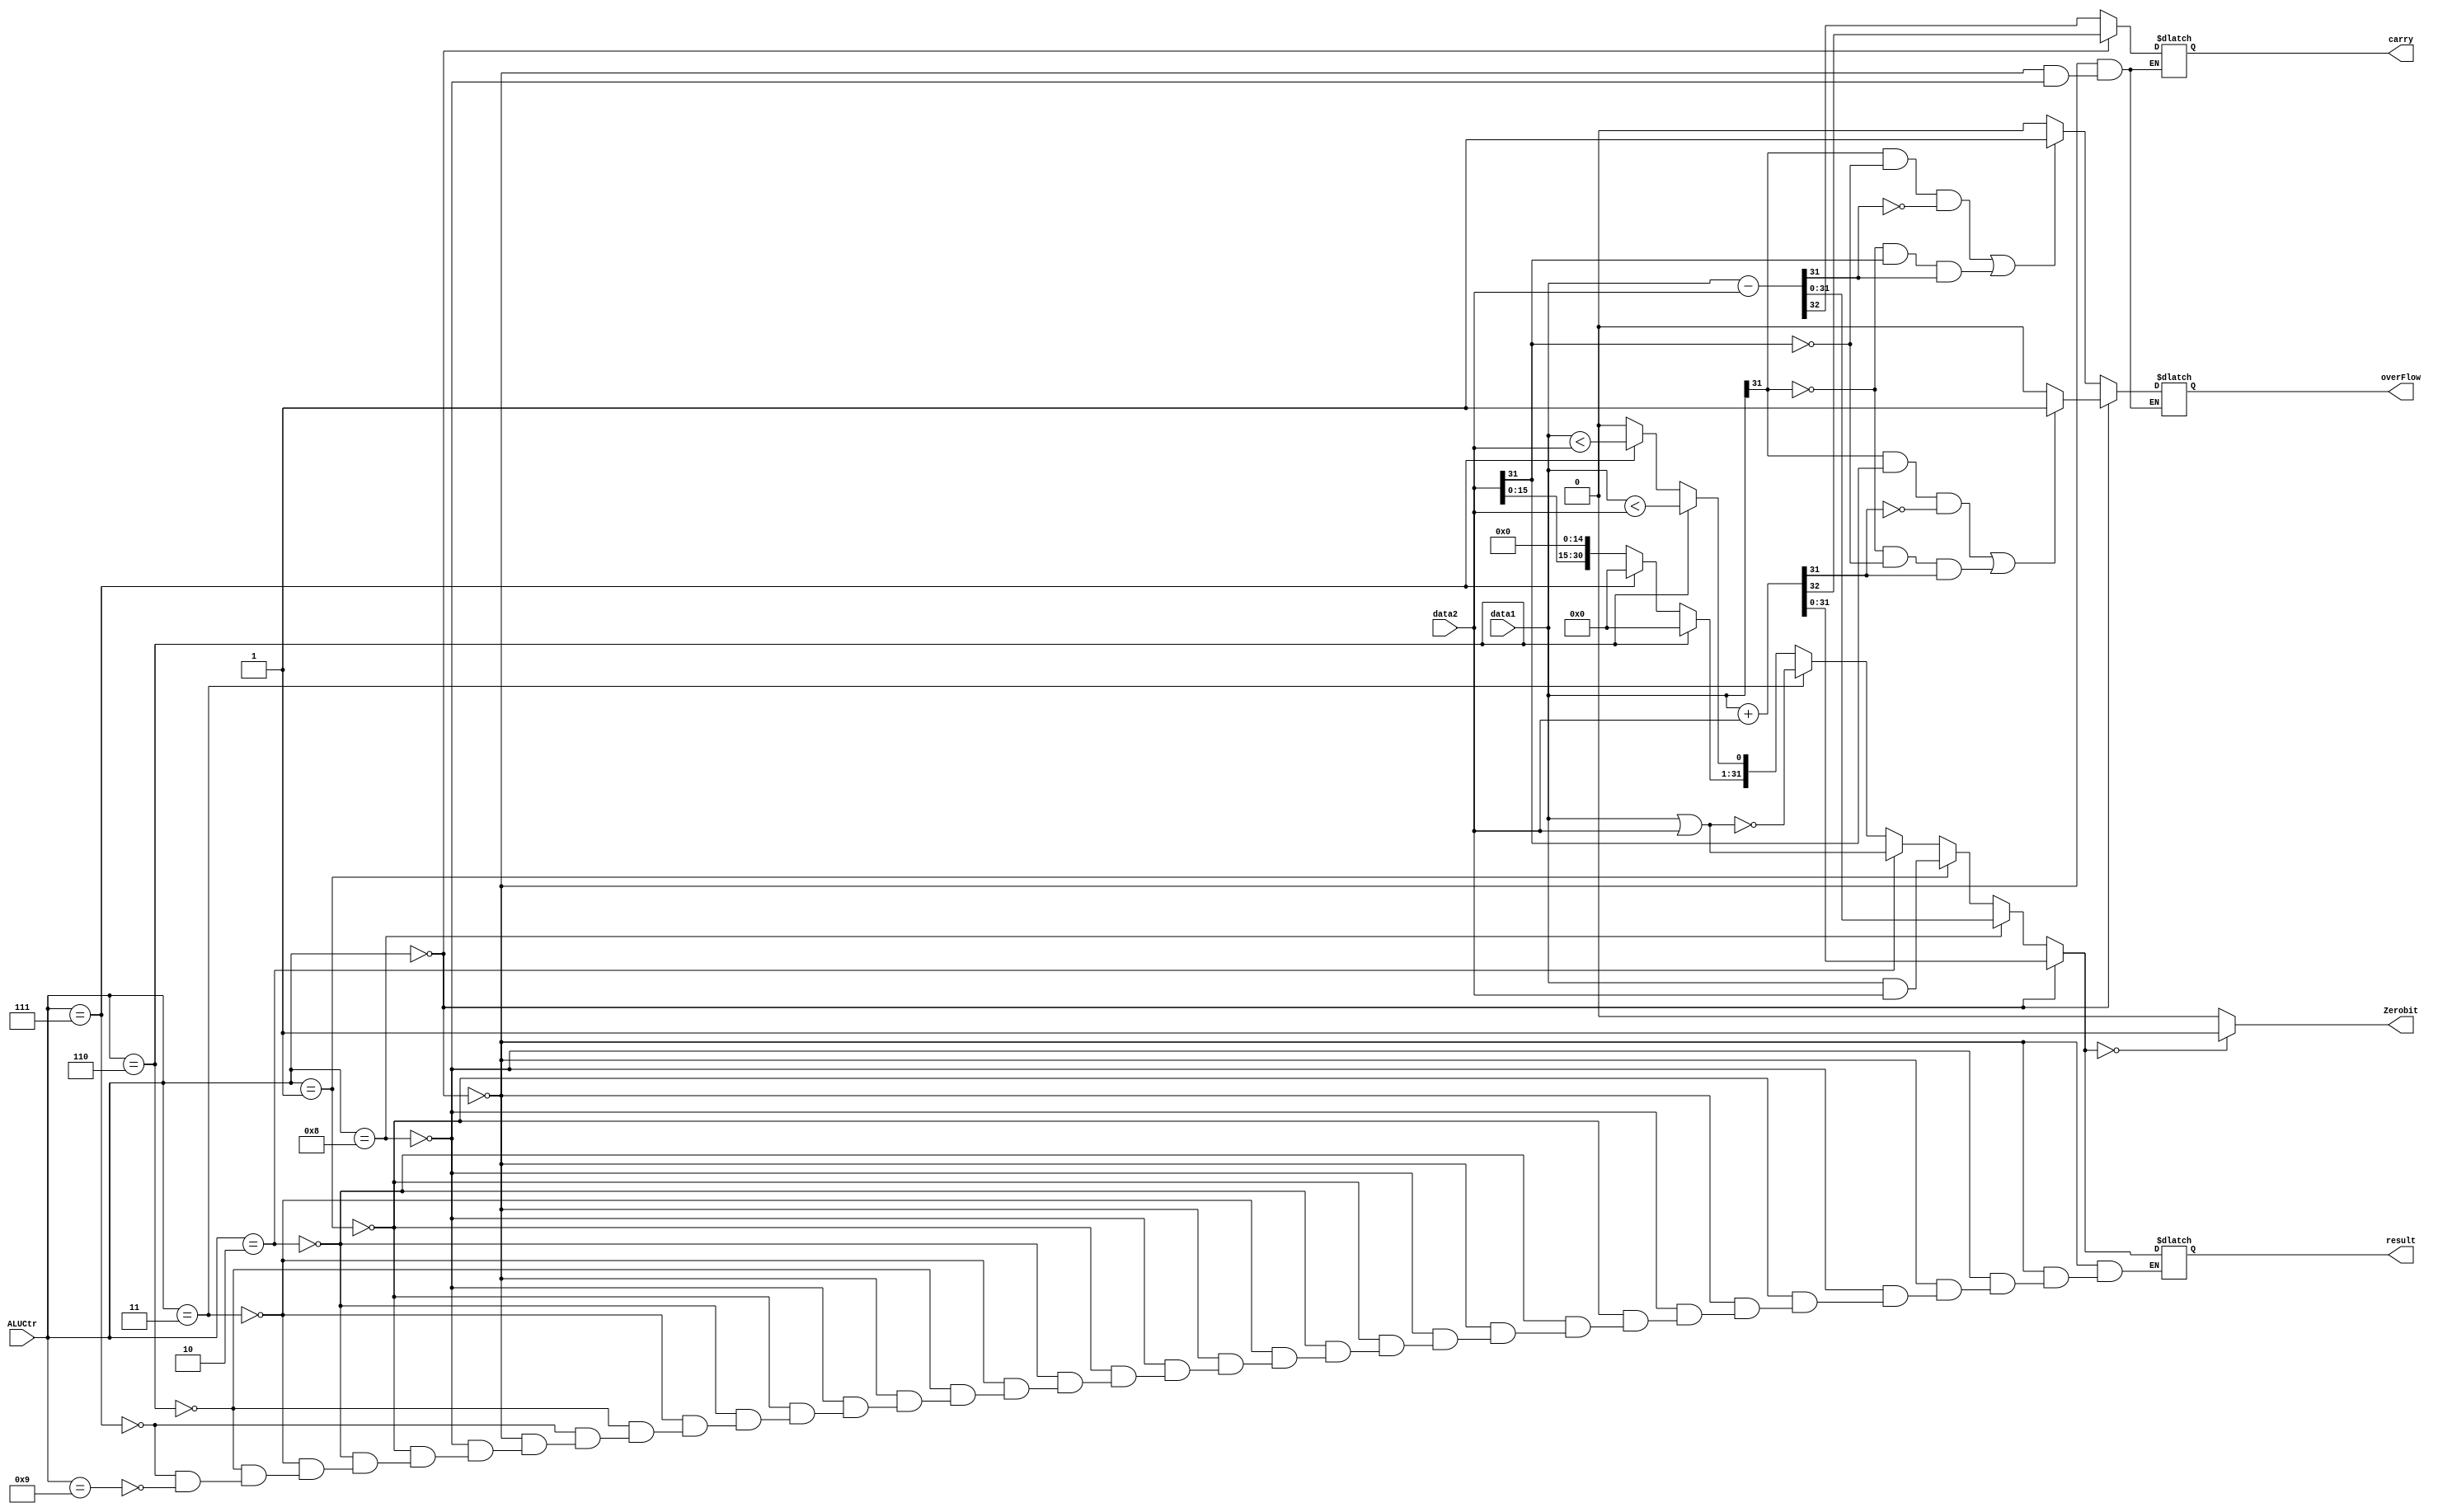
module ALU(result,carry,overFlow,Zerobit,data1,data2,ALUCtr);
                      // this module for arithmetic operation
output [31:0] result;
output carry,overFlow, Zerobit;
input [31:0] data1,data2;
input [3:0] ALUCtr;

reg [31:0] result;
reg carry,overFlow,Zerobit;

always @(*)begin
	if(ALUCtr == 4'b0000)begin // add
		{carry, result} = data1+data2;
		 if((data1[31]&data2[31]&(~result[31])) || ((~data1[31])&(~data2[31])&result[31]) )begin
          overFlow =1'b1;
       end
       else begin
          overFlow =1'b0;
       end
   end
	else if(ALUCtr == 4'b1000)begin //sub
		 {carry,result} =data1-data2; 
       if((data1[31]&(~data2[31])&(~result[31])) || ((~data1[31])&data2[31]&result[31]) )begin
           overFlow =1'b1;
       end
       else begin
           overFlow =1'b0;
       end 
   end
	else if(ALUCtr ==4'b0001)begin // and
		result =data1 & data2;
	end
	else if(ALUCtr ==4'b0010)begin // or
		result =data1 | data2;
	end
   else if(ALUCtr ==4'b0011)begin // nor
		result =~(data1 | data2);
	end
	else if(ALUCtr ==4'b0110)begin // slt
		result ={32{1'b0}};
		result[0] = $signed(data1) < $signed(data2); 
	end
	else if(ALUCtr ==4'b0111)begin //sltu
		result ={32{1'b0}};
		result[0] =data1 < data2;
	end
	else if(ALUCtr == 4'b1001)begin // lui
		result = data2 << 16;
	end
	
	if(result =={32{1'b0}})begin
		Zerobit =1'b1;
	end
	else begin
	 Zerobit =1'b0;
	end
	
end


endmodule